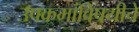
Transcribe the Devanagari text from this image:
उपक्रमांविषयीचे